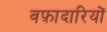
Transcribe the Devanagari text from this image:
वफ़ादारियों